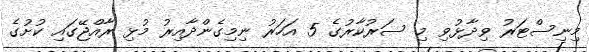
މިނިސްޓަރު ވިދާޅުވި މި ސަރުކާރުގެ 5 އަހަރު ނިމިގެންދާއިރު މުޅި ރާއްޖޭގައި ކުށުގެ